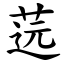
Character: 䓕